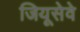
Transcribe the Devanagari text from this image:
जियूसेवे